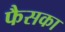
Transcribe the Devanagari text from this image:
फैसका